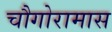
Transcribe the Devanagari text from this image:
चौगोरामास